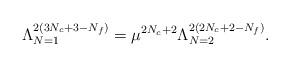
LaTeX: \begin{align*}\Lambda_{N=1}^{2(3N_{c}+3-N_{f})} = \mu^{2N_{c} + 2}\Lambda_{N=2}^{2(2N_{c} + 2-N_{f})}.\end{align*}